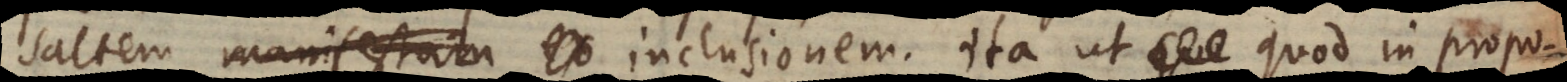
saltem manifestam eo inclusionem, ita ut quod in propo